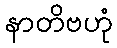
နာတိဗဟုံ